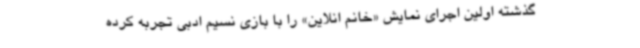
گذشته اولین اجرای نمایش «خانم انلاین» را با بازی نسیم ادبی تجربه کرده